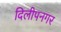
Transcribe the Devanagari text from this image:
दिलीपनगर